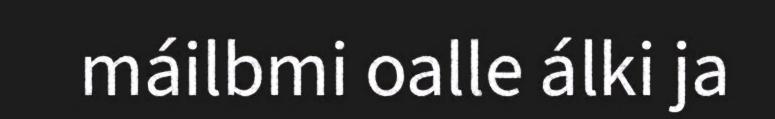
máilbmi oalle álki ja